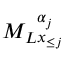
{ M _ { L } } _ { \boldsymbol { x } _ { \le j } } ^ { \alpha _ { j } }